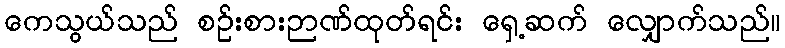
ကေသွယ်သည် စဉ်းစားဉာဏ်ထုတ်ရင်း ရှေ့ဆက် လျှောက်သည်။